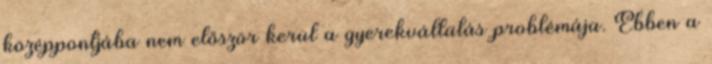
középpontjába nem először kerül a gyerekvállalás problémája. Ebben a